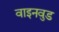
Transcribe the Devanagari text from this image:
वाइनवुड